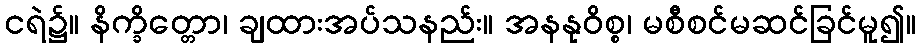
ငရဲ၌။ နိက္ခိတ္တော၊ ချထားအပ်သနည်း။ အနနုဝိစ္စ၊ မစီစင်မဆင်ခြင်မူ၍။